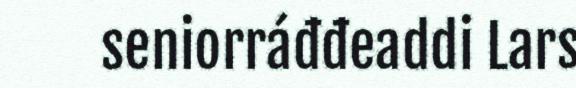
seniorráđđeaddi Lars